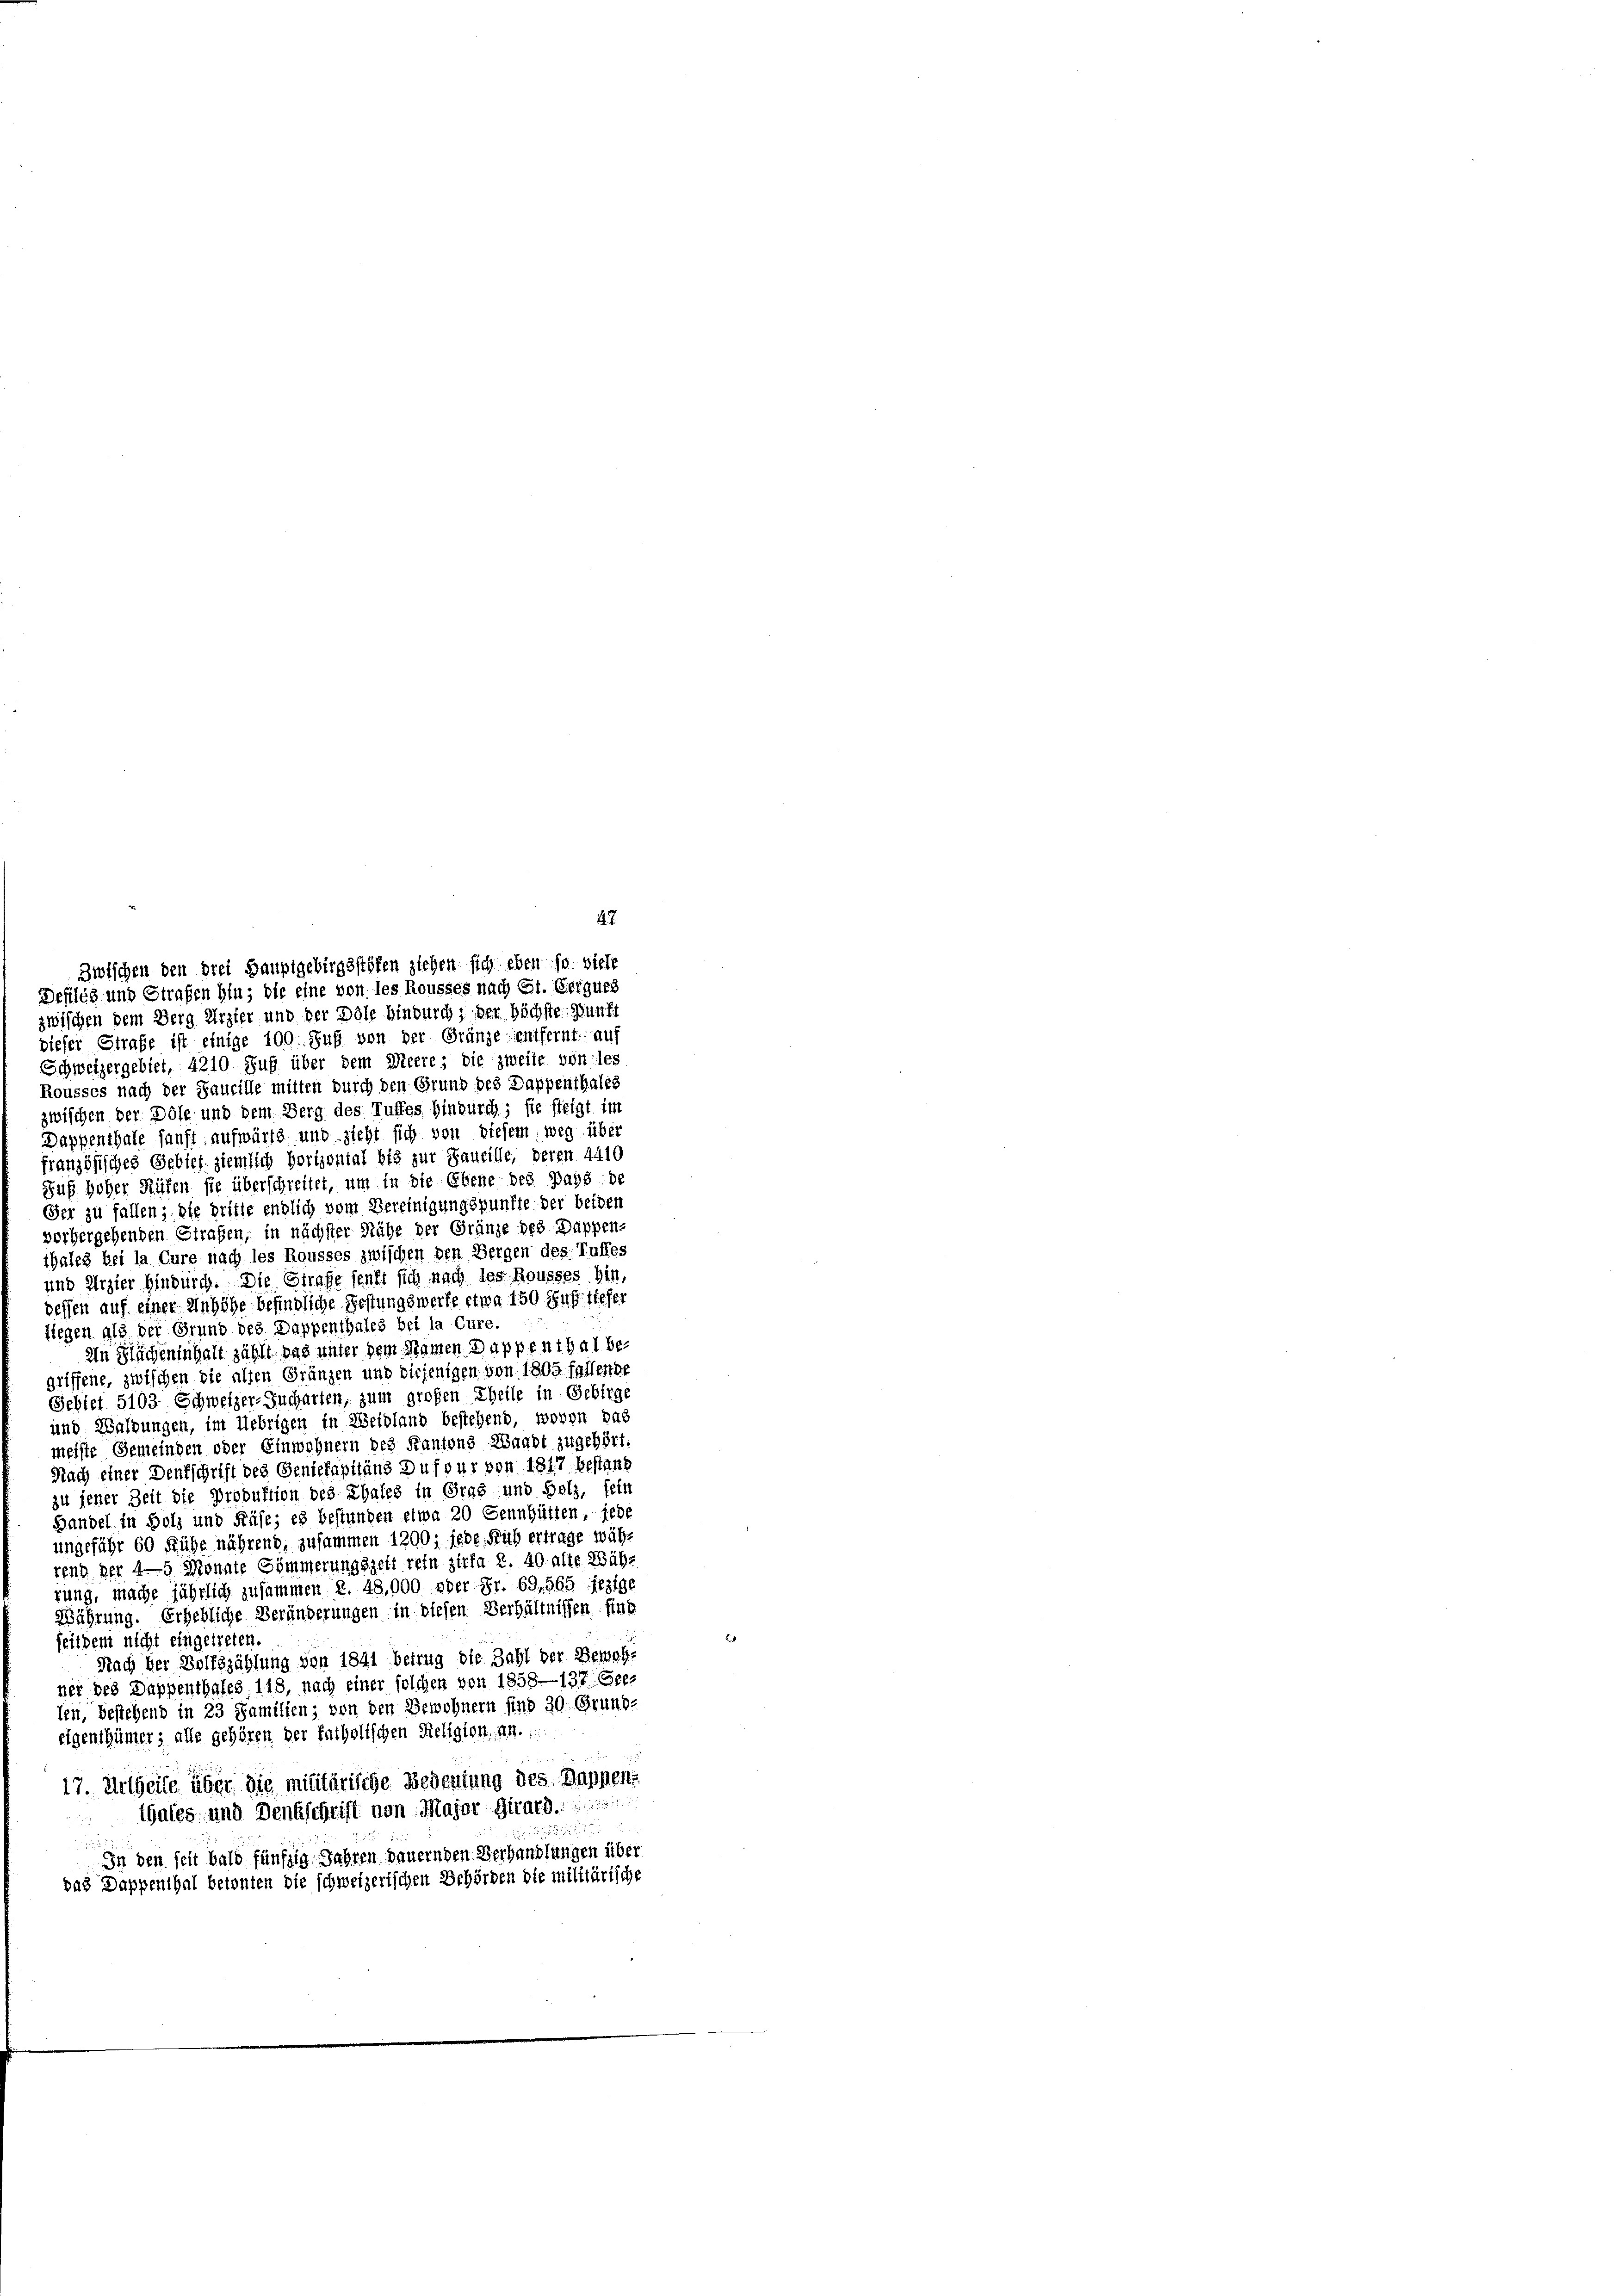
Zwischen den drei Hauptgebirgsstöten ziehen sich eben so viele
Defileg und Strafen hin; die eine von les Rousses nach St. Eriques
zwischen dem Berg Arzter und der Dole bindurch, der höchste Zunft
diefer Strafe ist einige 100. Fuß von der Gränze entfernt:: auf
Schweizergebiet, 4210 Fuß über dem Meere; die zweite von les
Rousses nach der Saucille mitten durch den Grund des Dappenthales
zwischen der Döse und dem Berg des Tuffes hindurch; sie steigt im
Dappenthale sanft aufwärts und sieht sich von diesem weg über
französisches Gebief ziemlich horizontal bis zur Saueille, deren 4410
Ruf hoher Rüfen sie überschreitet, um in die Ebene des Pays de
Her zu fallen; die britte endlich vom Bereinigungspunkte der beiden
vorhergehenden Strafen, in nächster Nähe der Gränze des Dappen-
thales bei la Cure nach les Rousses zwischen den Bergen des Ruffes
und Erzier hindurch. Die Strafe senst sich nach des Rousses hin,
dessen auf einer Anhöhe befindliche Festungswerte etwa 150 finf tiefer
liegen gle der Grund des Dappenthales bei la Cure.
In Flächenschaft zählt das unter dem Namen Dappenthal begriffene, zwischen die alten Gränzen und diejenigen von 1805 fallende
Gebiet 5103 Schweizer-Jucharten, zum großen Theile in Gebirge
und Waldungen, im Uebrigen in Weidland bestehend, wovon das
meiste Gemeinden oder Einwohnern des Kantons Waadt zugehört.
Nach einer Denkschrift des Geniekapitäns Dufour von 1817 bestand
zu jener Zeit die Produktion des Thales in Gras und Holz, fein
Handel in Holz und Käse; es bestungen etwa 20 Sennhütten, jede
ungeführ 60 Kühe nährend, zusammen 1200; jede Früh ertrage währ
rend der 4-5 Monate Gömmerungszeit rein zirka 2. 40 alte Wäh-
rung, mache jährlich zusammen 2. 48,000 oder Fr. 69,565 jezige
Währung. Erhebliche Veränderungen in diesen Verhältnissen sind
seitdem nicht eingetreten.
Nach der Bolfszählung von 1841 betrug die Zahl der Bewohner des Duppenthales. 118, nach einer solchen von 1858—137: Geelen, bestehend in 23 Familien; von den Bewohnern sind 30. Grund-
eigenthümer, alle gehören der fatholischen Religionen.
17. Urtheile über die militärische Bedeutung des Wappens
igales und Denkschrift von Major Girard
u

In den seit bald fünfzig Jahren dauernden Verhandlungen über
das Dappenthal betonten die schweizerischen Behörden die militärische